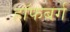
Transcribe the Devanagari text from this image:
हॉफबर्ग